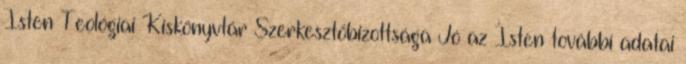
Isten Teológiai Kiskönyvtár Szerkesztőbizottsága Jó az Isten további adatai